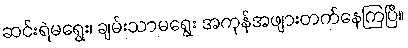
ဆင်းရဲမရွေး၊ ချမ်းသာမရွေး အကုန်အဖျားတက်နေကြပြီ။